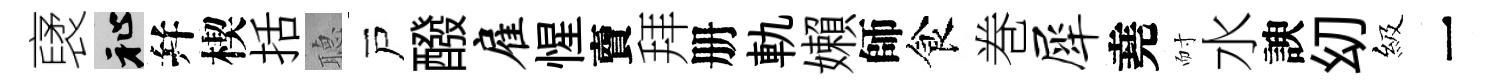
裦祉幷楔括𦗟戸醱雇惺𧶠拜册軌嬾師食巻犀堯耐水諛㓜級一